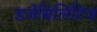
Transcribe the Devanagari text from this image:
डजेबिलिटिज